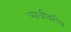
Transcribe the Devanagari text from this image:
व्याधींवरील